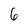
Character: 6